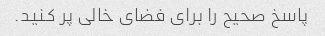
پاسخ صحیح را برای فضای خالی پر کنید.